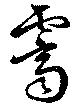
霽